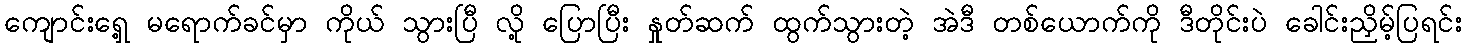
ကျောင်းရှေ့ မရောက်ခင်မှာ ကိုယ် သွားပြီ လို့ ပြောပြီး နှုတ်ဆက် ထွက်သွားတဲ့ အဲဒီ တစ်ယောက်ကို ဒီတိုင်းပဲ ခေါင်းညှိမ့်ပြရင်း